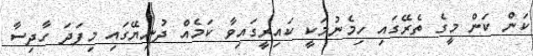
ކަން ކަން މީގެ ތެރޭގައި ހިމެނުމަކީ ކައިރީގައިވާ ކަމެއް ދުނިޔޭގައި މިފަދަ ހާދިސާ